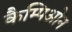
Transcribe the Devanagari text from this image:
कैम्पिओन